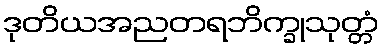
ဒုတိယအညတရဘိက္ခုသုတ္တံ